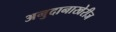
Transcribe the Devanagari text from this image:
अनुदानाखेरीज